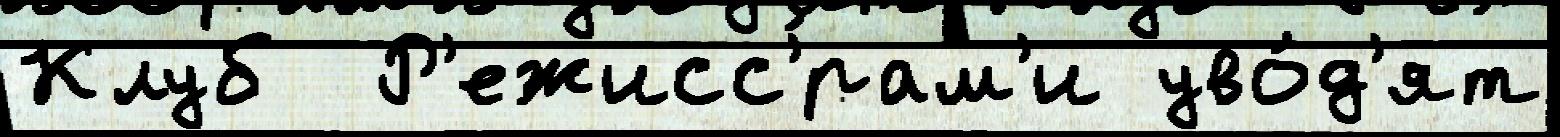
Клуб  Р'ежисс'́рам'и уво́д'ят